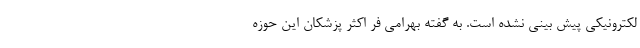
لکترونیکی پیش بینی نشده است. به گفته بهرامی فر اکثر پزشکان این حوزه